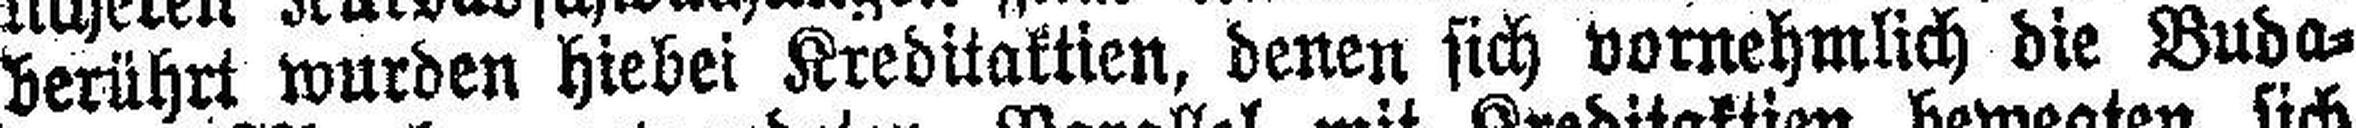
berührt wurden hiebei Kreditaktien, denen sich vornehmlich die Buda¬